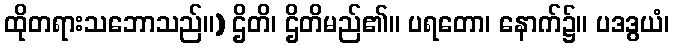
ထိုတရားသဘောသည်။) ဌိတိ၊ ဌိတိမည်၏။ ပရတော၊ နောက်၌။ ပဒဒွယံ၊